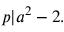
p | a ^ { 2 } - 2 .